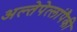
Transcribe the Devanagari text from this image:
अल्तेपेत्लांपैकी